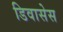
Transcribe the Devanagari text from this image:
डिवासेस